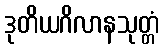
ဒုတိယဂိလာနသုတ္တံ